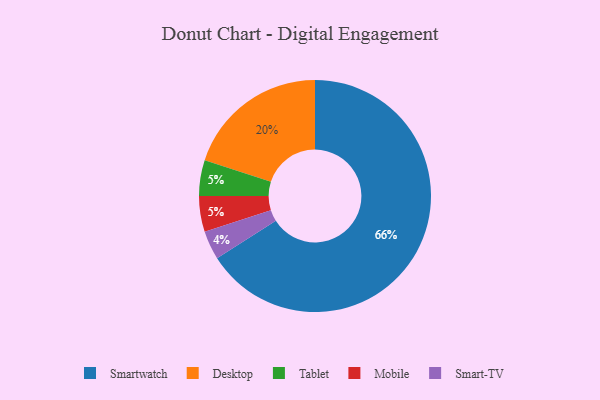
{"axis": {"x": "Category", "y": "Percentage"}, "legend": ["Desktop", "Mobile", "Smart-TV", "Smartwatch", "Tablet"], "data": [{"x": "Tablet", "y": 5, "type": "Tablet"}, {"x": "Smart-TV", "y": 4, "type": "Smart-TV"}, {"x": "Smartwatch", "y": 66, "type": "Smartwatch"}, {"x": "Mobile", "y": 5, "type": "Mobile"}, {"x": "Desktop", "y": 20, "type": "Desktop"}]}